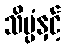
သိပ္ပံနှင့်